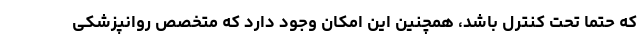
که حتما تحت کنترل باشد، همچنین این امکان وجود دارد که متخصص روانپزشکی